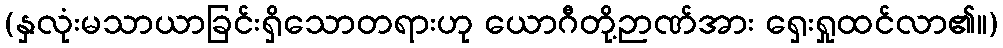
(နှလုံးမသာယာခြင်းရှိသောတရားဟု ယောဂီတို့ဉာဏ်အား ရှေးရှုထင်လာ၏။)